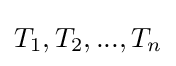
T_{1},T_{2},...,T_{n}